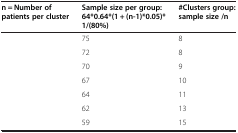
<table><thead><tr><td><b>n = Number of patients per cluster</b></td><td><b>Sample size per group: 64*0.64*(1 + (n-1)*0.05)* 1/(80%)</b></td><td><b>#Clusters group: sample size /n</b></td></tr></thead><tbody><tr><td>[EMPTY_CELL]</td><td>75</td><td>8</td></tr><tr><td>[EMPTY_CELL]</td><td>72</td><td>8</td></tr><tr><td>[EMPTY_CELL]</td><td>70</td><td>9</td></tr><tr><td>[EMPTY_CELL]</td><td>67</td><td>10</td></tr><tr><td>[EMPTY_CELL]</td><td>64</td><td>11</td></tr><tr><td>[EMPTY_CELL]</td><td>62</td><td>13</td></tr><tr><td>[EMPTY_CELL]</td><td>59</td><td>15</td></tr></tbody></table>